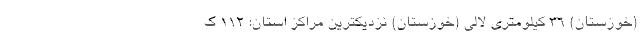
(خوزستان) 36 کیلومتری لالی (خوزستان) نزدیکترین مراکز استان: 112 ک